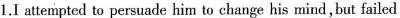
1.I attempted to persuade him to change his mind,but failed